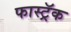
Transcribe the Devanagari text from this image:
फास्ट्रॅक